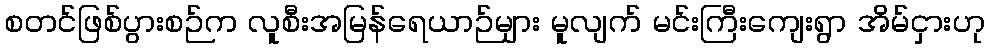
စတင်ဖြစ်ပွားစဉ်က လူစီးအမြန်ရေယာဉ်များ မူလျက် မင်းကြီးကျေးရွာ အိမ်ငှားဟု